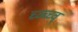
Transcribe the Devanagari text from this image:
च्व्ब्च्व्